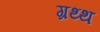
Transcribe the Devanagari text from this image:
ग्रथ्थ